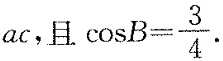
ac，且 $$\cos B= \frac{3}{4}$$.